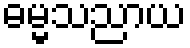
ဓမ္မသညာယ